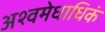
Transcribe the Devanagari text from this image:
अश्वमेधाधिकं